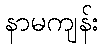
နာမကျန်း